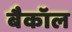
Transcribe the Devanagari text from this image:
बैकॉल